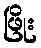
ဖြိုး